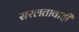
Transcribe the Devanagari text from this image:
सरलतावादी